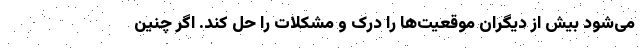
می‌شود بیش از دیگران موقعیت‌ها را درک و مشکلات را حل کند. اگر چنین